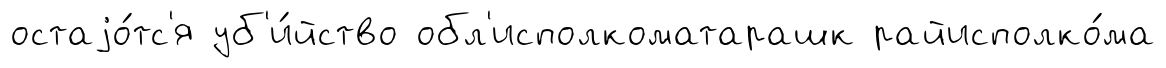
остаjо́тс'я уб'и́йство обл'исполкоматарашк райисполко́ма